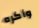
وأكره